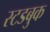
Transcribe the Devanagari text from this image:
स्टडबुक